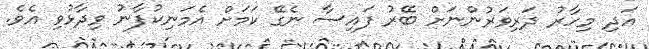
އަދި މިހާރު ދަރިވަރުންނަށް ބޭރު ފައިސާ ނެގޭ ކަމަށް އެމަނިކުފާނު ވިދާޅުވި އެވެ.